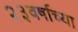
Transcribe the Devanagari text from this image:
२३वर्षाच्या